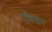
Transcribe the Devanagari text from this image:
पाॅलसन